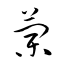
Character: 蘭